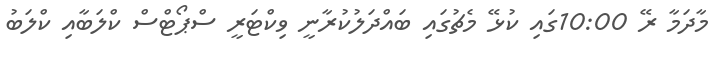
މާދަމާ ރޭ 10:00ގައި ކުޅޭ މެޗުގައި ބައްދަލުކުރާނީ ވިކްޓަރީ ސްޕޯޓްސް ކްލަބާއި ކްލަބު